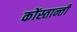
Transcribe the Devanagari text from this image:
कोंस्तान्ती